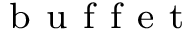
_ { \mathrm { ~ b ~ u ~ f ~ f ~ e ~ t ~ } }